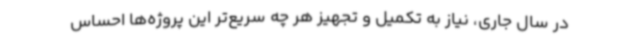
در سال جاری، نیاز به تکمیل و تجهیز هر چه سریع‌تر این پروژه‌ها احساس